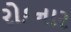
રોકનાર